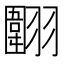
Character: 𱻤